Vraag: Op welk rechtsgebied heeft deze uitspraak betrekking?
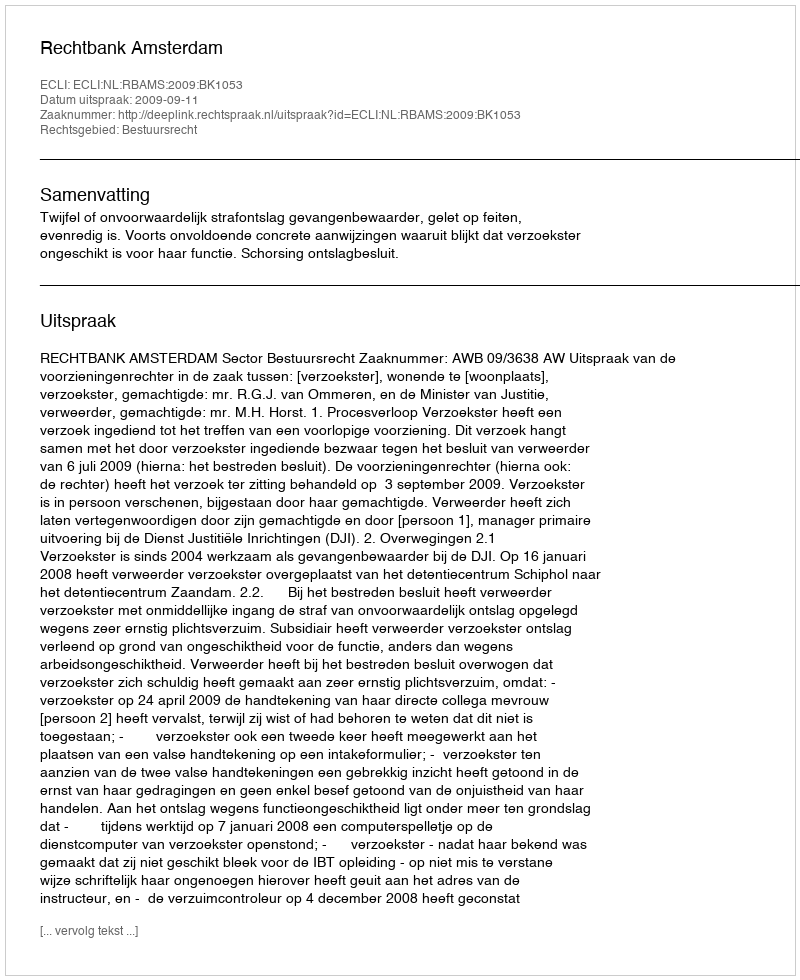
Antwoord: Bestuursrecht